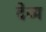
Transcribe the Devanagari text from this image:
देव्य